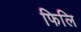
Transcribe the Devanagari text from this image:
फिलि